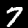
Digit: 7